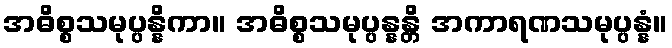
အဓိစ္စသမုပ္ပန္နိကာ။ အဓိစ္စသမုပ္ပန္နန္တိ အကာရဏသမုပ္ပန္နံ။